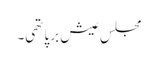
مجلسِ عیش برپا تھی۔